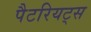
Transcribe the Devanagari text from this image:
पैटरियट्स